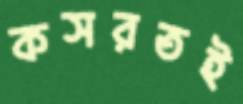
কসরতই